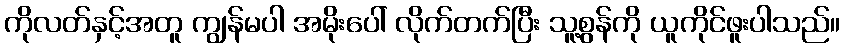
ကိုလတ်နှင့်အတူ ကျွန်မပါ အမိုးပေါ် လိုက်တက်ပြီး သူ့စွန်ကို ယူကိုင်ဖူးပါသည်။